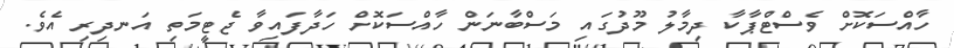
ހާއްސަކޮށް ވެސްޓްޕާކާ ދިމާލު މޫދުގައި މަސްބާނަން ހާއްސަކޮށް ހަދާފައިވާ ޖެޓީމަތި އަނދިރި އެވެ.